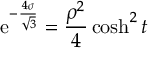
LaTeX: \mathrm { e } ^ { - { \frac { 4 \sigma } { \sqrt { 3 } } } } = { \frac { \rho ^ { 2 } } { 4 } } \cosh ^ { 2 } t